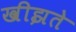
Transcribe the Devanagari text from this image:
खीझते